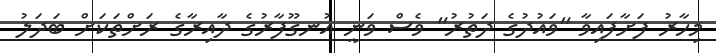
މިހާރު ފަށާފައިވާ "ވައުދުގެ ދަތުރު" ވެސް ވަނީ އުނގޫފާރުގެ ދާއިރާގެ ރަށްތަކަށް ބަދަލު